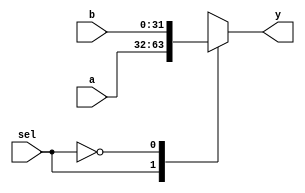
module mux2x1(
    input [31:0]      a,
    input [31:0]      b,
    input             sel,
    output reg [31:0] y
);

    always @(*) begin
        case(sel)
            1'b1 : y = a;
            1'b0 : y = b;
        endcase    
    end
endmodule